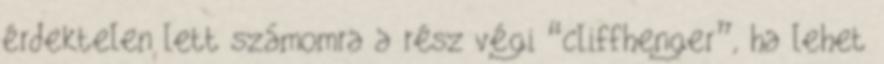
érdektelen lett számomra a rész végi “cliffhenger”, ha lehet